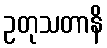
ဥတုသတာနိ